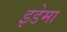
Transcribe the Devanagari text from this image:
इडेमा